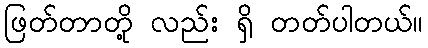
ဖြတ်တာတို့ လည်း ရှိ တတ်ပါတယ်။